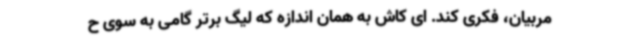
مربیان، فکری کند. ای کاش به همان اندازه که لیگ برتر گامی به سوی ح